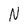
Character: N